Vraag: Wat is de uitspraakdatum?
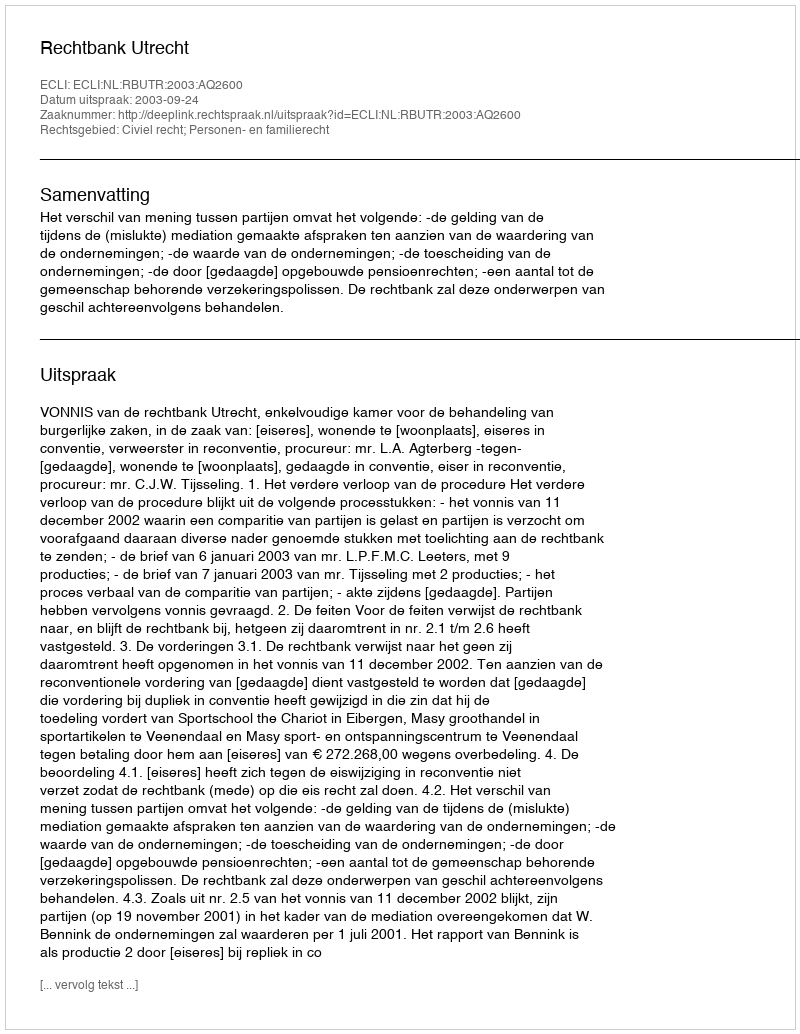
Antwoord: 2003-09-24